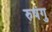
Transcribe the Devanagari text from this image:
रुषंगु